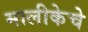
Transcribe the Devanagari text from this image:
मालीकेचे